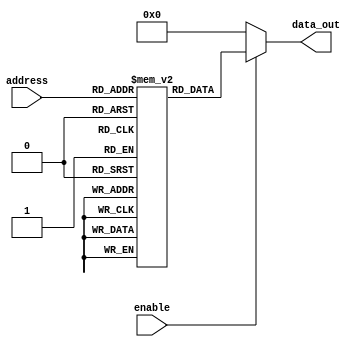
module parameterized_rom #(
    parameter ADDR_WIDTH = 4,  // Width of the address bus
    parameter DATA_WIDTH = 8    // Width of the data output
)(
    input  wire [ADDR_WIDTH-1:0] address, // Address input
    input  wire enable,                   // Enable signal
    output reg  [DATA_WIDTH-1:0] data_out // Data output
);

// Memory declaration
reg [DATA_WIDTH-1:0] rom [0:(1 << ADDR_WIDTH) - 1]; // ROM array

// Initialize the ROM with predefined values
initial begin
    // Example initialization (you can modify these values as needed)
    rom[0]  = 8'h00; // Address 0
    rom[1]  = 8'h01; // Address 1
    rom[2]  = 8'h02; // Address 2
    rom[3]  = 8'h03; // Address 3
    rom[4]  = 8'h04; // Address 4
    rom[5]  = 8'h05; // Address 5
    rom[6]  = 8'h06; // Address 6
    rom[7]  = 8'h07; // Address 7
    // Add more initial values as needed based on ADDR_WIDTH
end

// Combinational logic for data output
always @(*) begin
    if (enable) begin
        data_out = rom[address]; // Output data from ROM based on address
    end else begin
        data_out = {DATA_WIDTH{1'b0}}; // Output zero when not enabled
    end
end

endmodule